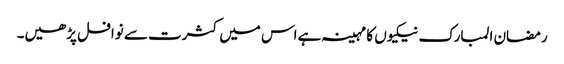
رمضان المبارک نیکیوں کا مہینہ ہے اس میں کثرت سے نوافل پڑھیں۔